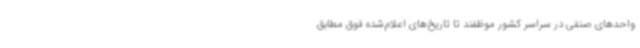
واحدهای صنفی در سراسر کشور موظفند تا تاریخ‌های اعلام‌شده فوق مطابق